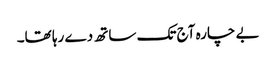
بے چارہ آج تک ساتھ دے رہا تھا۔